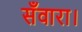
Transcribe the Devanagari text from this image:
सँवारा।